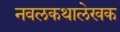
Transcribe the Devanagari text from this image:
नवलकथालेखक